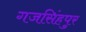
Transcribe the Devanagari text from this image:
गजसिंहपुर